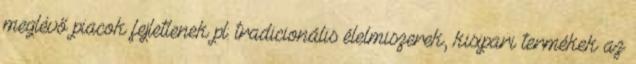
meglévő piacok fejletlenek pl: tradicionális élelmiszerek, kisipari termékek az